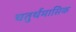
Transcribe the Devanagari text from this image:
चतुर्थमासिक